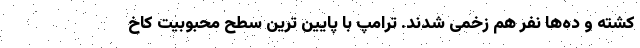
کشته و ده‌ها نفر هم زخمی شدند. ترامپ با پایین ترین سطح محبوبیت کاخ